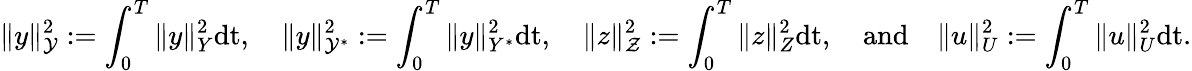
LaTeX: \| y\| _{\mathcal{Y}}^{2}:=\int_{0}^{T}\| y\| _{Y}^{2}\mathrm{dt},\quad\| y\| _{\mathcal{Y}^{*}}^{2}:=\int_{0}^{T}\| y\| _{Y^{*}}^{2}\mathrm{dt},\quad\| z\| _{\mathcal{Z}}^{2}:=\int_{0}^{T}\| z\| _{Z}^{2}\mathrm{dt},\quad\mathrm{and}\quad\| u\| _{U}^{2}:=\int_{0}^{T}\| u\| _{U}^{2}\mathrm{dt}.